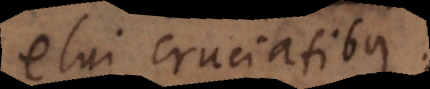
in cruciatibus